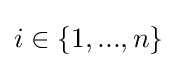
i\in \{1,...,n\}